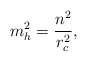
\begin{align*}m^{2}_h=\frac{n^2}{r^{2}_c},\end{align*}